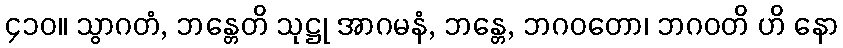
၄၁၀။ သွာဂတံ, ဘန္တေတိ သုဋ္ဌု အာဂမနံ, ဘန္တေ, ဘဂဝတော၊ ဘဂဝတိ ဟိ နော